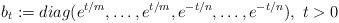
LaTeX: \begin{align*} b_t := diag(e^{t/m}, \ldots , e^{t/m}, e^{-t/n}, \ldots, e^{-t/n}), \ t>0\end{align*}